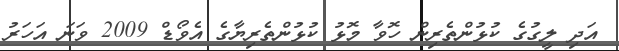
އަދި ލީގުގެ ކުޅުންތެރިން ހޮވާ މޮޅު ކުޅުންތެރިޔާގެ އެވޯޑް 2009 ވަނަ އަހަރު